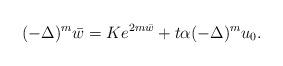
LaTeX: \begin{align*} (-\Delta)^m\bar{w}=Ke^{2m\bar{w}}+t\alpha(-\Delta)^mu_0. \end{align*}